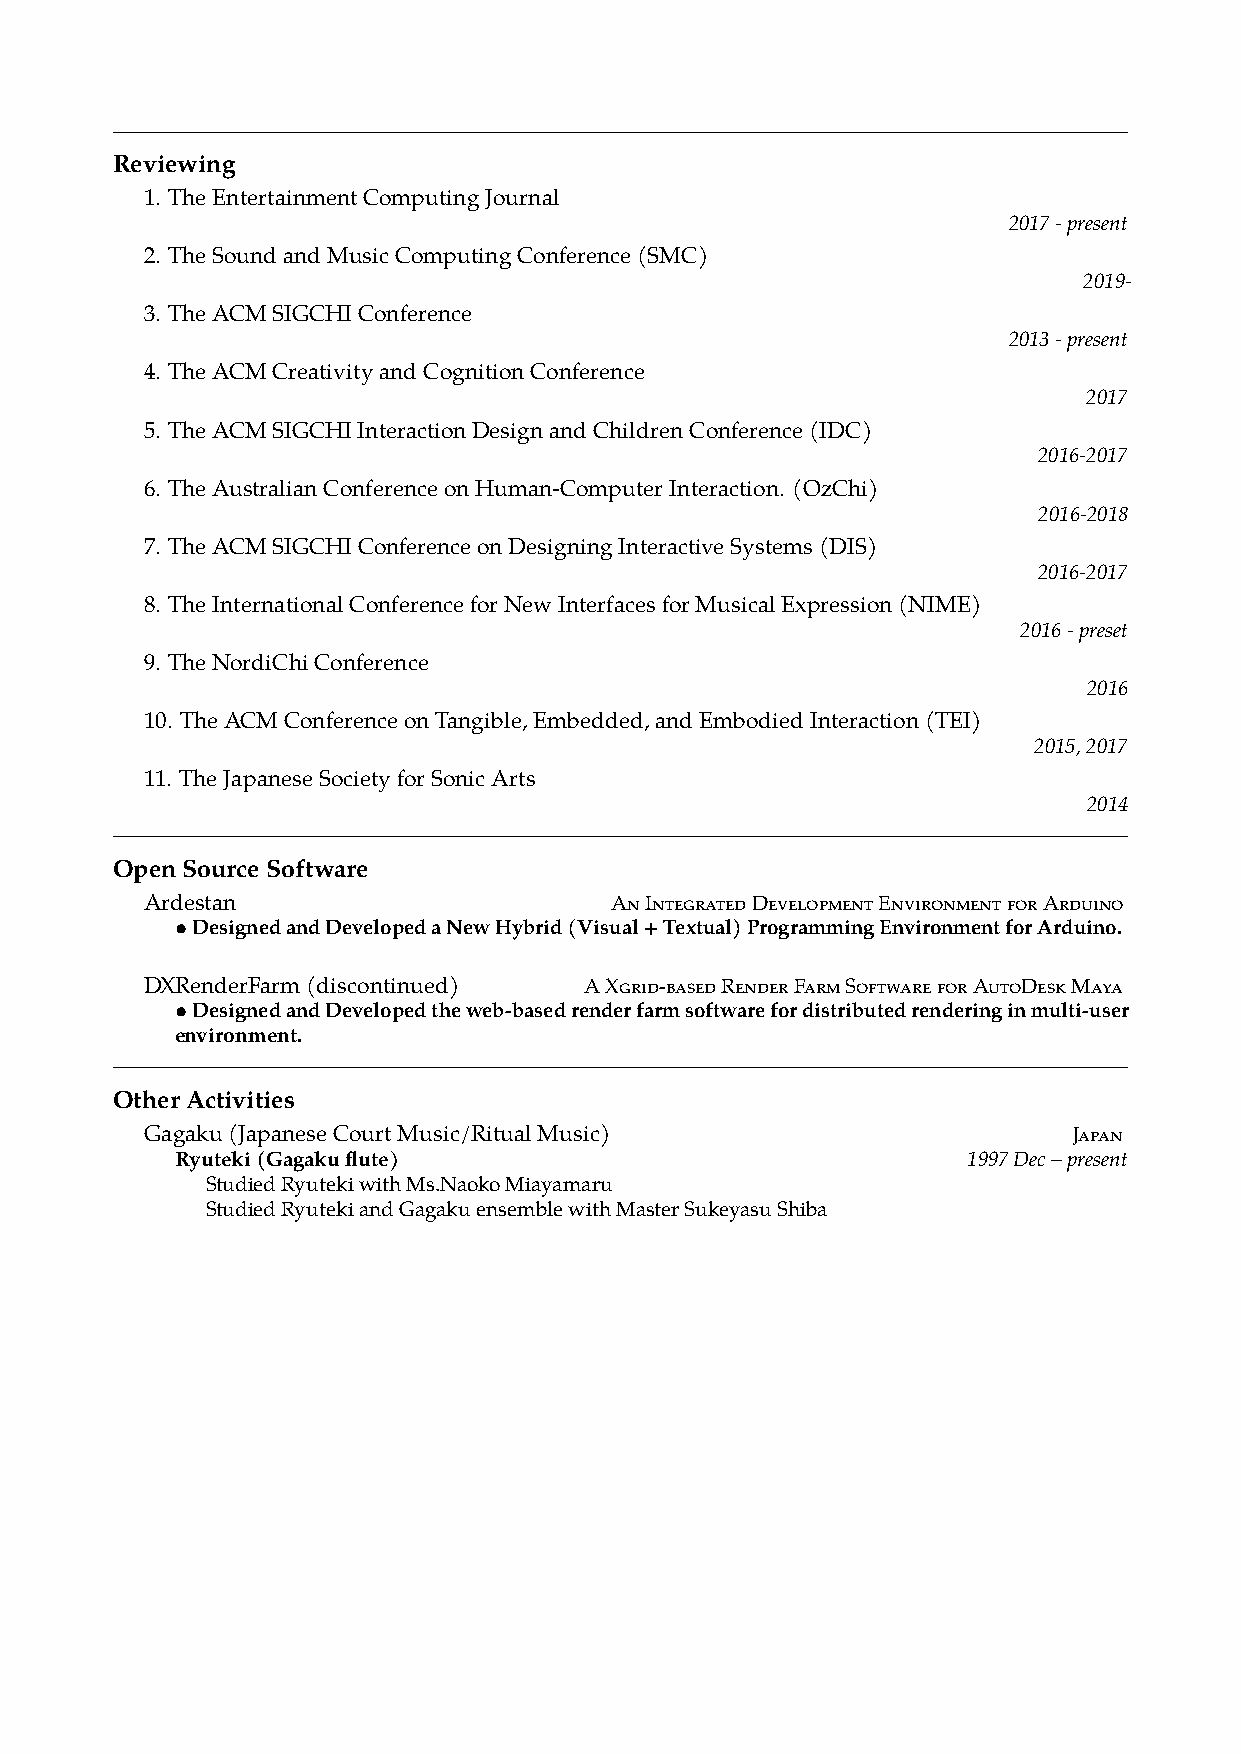
Reviewing
 1. TheEntertainmentComputingJournal
 2017-present
 2. TheSoundandMusicComputingConference(SMC)
 2019-
 3. TheACMSIGCHIConference
 2013-present
 4. TheACMCreativityandCognitionConference
 2017
 5. TheACMSIGCHIInteractionDesignandChildrenConference(IDC)
 2016-2017
 6. TheAustralianConferenceonHuman-ComputerInteraction. (OzChi)
 2016-2018
 7. TheACMSIGCHIConferenceonDesigningInteractiveSystems(DIS)
 2016-2017
 8. TheInternationalConferenceforNewInterfacesforMusicalExpression(NIME)
 2016-preset
 9. TheNordiChiConference
 2016
 10. TheACMConferenceonTangible,Embedded,andEmbodiedInteraction(TEI)
 2015,2017
 11. TheJapaneseSocietyforSonicArts
 2014
 OpenSourceSoftware
 Ardestan                      AnIntegratedDevelopmentEnvironmentforArduino
 •DesignedandDevelopedaNewHybrid(Visual+Textual)ProgrammingEnvironmentforArduino.
 DXRenderFarm(discontinued)   AXgrid-basedRenderFarmSoftwareforAutoDeskMaya
 •DesignedandDevelopedtheweb-basedrenderfarmsoftwarefordistributedrenderinginmulti-user
 environment.
 OtherActivities
 Gagaku(JapaneseCourtMusic/RitualMusic)                       Japan
 Ryuteki(Gagakuflute)                                1997Dec–present
 StudiedRyutekiwithMs.NaokoMiayamaru
 StudiedRyutekiandGagakuensemblewithMasterSukeyasuShiba